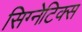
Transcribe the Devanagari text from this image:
सिग्नेटिक्स